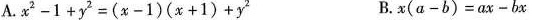
A.$$x ^ { 2 } - 1 + y ^ { 2 } = ( x - 1 ) ( x + 1 ) + y ^ { 2 }$$ B.$$x ( a - b ) = a x - b x$$